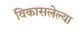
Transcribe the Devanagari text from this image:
विकासलेल्या